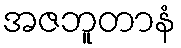
အဇဘူတာနံ